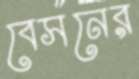
বেসনের